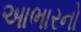
આભારનો